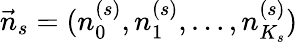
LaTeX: \vec{n}_{s}=(n_{0}^{(s)},n_{1}^{(s)},\ldots,n_{K_{s}}^{(s)})